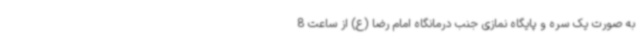
به صورت یک سره و پایگاه نمازی جنب درمانگاه امام رضا (ع) از ساعت 8